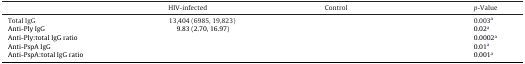
<table><thead><tr><td>[EMPTY_CELL]</td><td><b>HIV-infected</b></td><td><b>Control</b></td><td><b><i>p</i>-Value</b></td></tr></thead><tbody><tr><td>Total IgG</td><td>13,404 (6985, 19,823)</td><td>[EMPTY_CELL]</td><td>0.003a</td></tr><tr><td>Anti-Ply IgG</td><td>9.83 (2.70, 16.97)</td><td>[EMPTY_CELL]</td><td>0.02a</td></tr><tr><td>Anti-Ply:total IgG ratio</td><td>[EMPTY_CELL]</td><td>[EMPTY_CELL]</td><td>0.0002a</td></tr><tr><td>Anti-PspA IgG</td><td>[EMPTY_CELL]</td><td>[EMPTY_CELL]</td><td>0.01a</td></tr><tr><td>Anti-PspA:total IgG ratio</td><td>[EMPTY_CELL]</td><td>[EMPTY_CELL]</td><td>0.001a</td></tr></tbody></table>